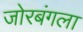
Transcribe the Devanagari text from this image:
जोरबंगला